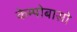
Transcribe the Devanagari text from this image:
केम्पोबासो